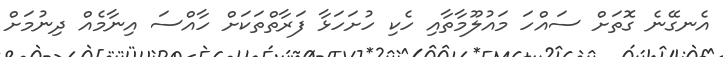
އެނގޭނެ ގޮތަށް ސައްހަ މައުލޫމާތާއި ހެކި ހުށަހަޅާ ފަރާތްތަކަށް ހާއްސަ އިނާމެއް ދިނުމަށް